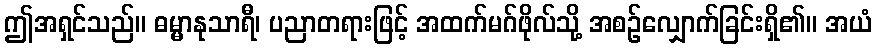
ဤအရှင်သည်။ ဓမ္မာနုသာရီ၊ ပညာတရားဖြင့် အထက်မဂ်ဖိုလ်သို့ အစဉ်လျှောက်ခြင်းရှိ၏။ အယံ